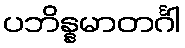
ပဘိန္နမာတင်္ဂါ